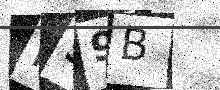
Text: R59B